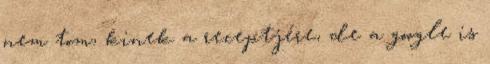
nem tom, kinek a receptjére, de a google is